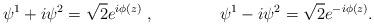
LaTeX: \begin{align*}\psi^1+i\psi^2= \sqrt 2e^{i\phi (z)}\ , \qquad\qquad \psi^1-i\psi^2=\sqrt 2 e^{-i\phi (z)}.\end{align*}